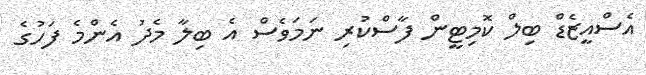
އެސްއީޒެޑް ބިލް ކޮމިޓީން ފާސްކުރި ނަމަވެސް އެ ބިލާ މެދު އެންމެ ފަހުގެ